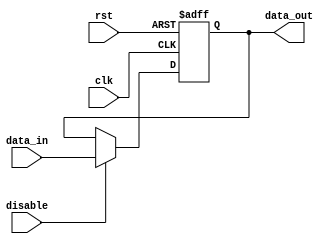
module DisableBlock #(
    parameter DATA_WIDTH = 8,      // Width of the input and output data
    parameter RESET_VALUE = 0       // Value to set output when disabled
)(
    input wire [DATA_WIDTH-1:0]  data_in,    // Input data
    input wire                   disable,     // Control signal to disable the block
    input wire                   clk,         // Clock signal
    input wire                   rst,         // Asynchronous reset signal
    output reg [DATA_WIDTH-1:0] data_out     // Output data
);

// Always block for output behavior
always @(posedge clk or posedge rst) begin
    if (rst) begin
        data_out <= RESET_VALUE; // Reset output to predefined value
    end else if (disable) begin
        data_out <= data_in;     // Pass input to output when enabled
    end else begin
        // Optionally, hold the previous output if disable is low
        // data_out <= data_out; // Transparent behavior (commented out)
        data_out <= data_out;    // Maintain previous value
    end
end

endmodule